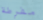
مفرطة